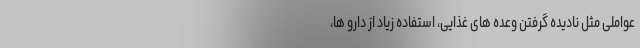
عواملی مثل نادیده گرفتن وعده های غذایی، استفاده زیاد از دارو ها،